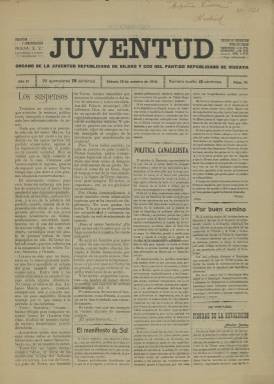
Título: Juventud (Bilbao)
Colección: Periódicos
Ámbito geográfico: Vizcaya
Lugar de publicación: Bilbao, Vizcaya
Fechas: 29/10/1910-29/10/1910